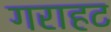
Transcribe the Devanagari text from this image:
गराहट